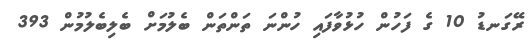
ރޭގަނޑު 10 ގެ ފަހުން ހުޅުވާފައި ހުންނަ ތަންތަން ބެލުމަށް ބެލިބެލުމުން 393